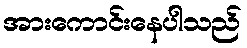
အားကောင်းနေပါသည်